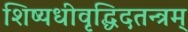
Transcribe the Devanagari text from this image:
शिष्यधीवृद्धिदतन्त्रम्